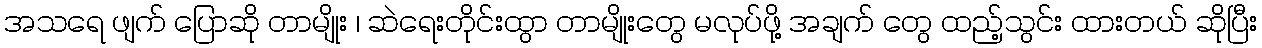
အသရေ ဖျက် ပြောဆို တာမျိုး ၊ ဆဲရေးတိုင်းထွာ တာမျိုးတွေ မလုပ်ဖို့ အချက် တွေ ထည့်သွင်း ထားတယ် ဆိုပြီး